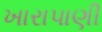
ખારાપાણી